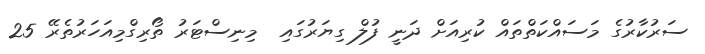
ސަރުކާރުގެ މަސައްކަތްތައް ކުރިއަށް ދަނީ ފުލް ގިޔަރުގައި  މިނިސްޓަރު ތޯރިގްމިއަހަރުތެރޭ 25